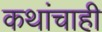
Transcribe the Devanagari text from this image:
कथांचाही